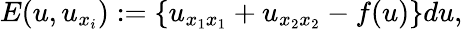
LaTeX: E(u,u_{x_{i}}):=\{ u_{x_{1}x_{1}}+u_{x_{2}x_{2}}-f(u)\} du,